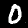
Digit: 0